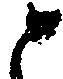
と